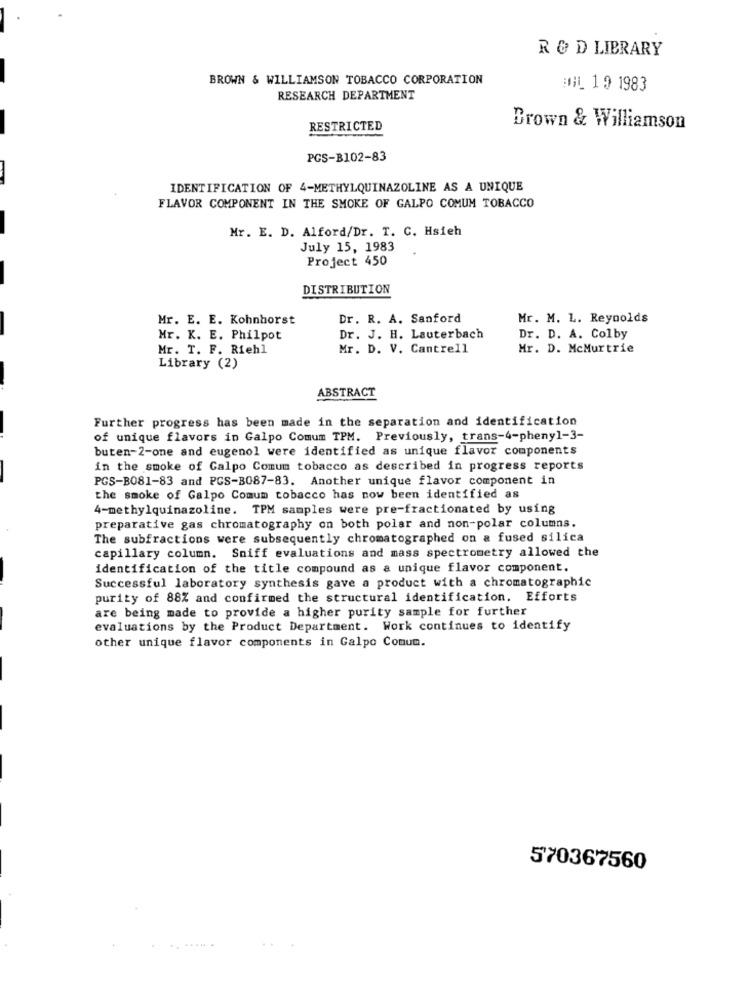
R & D LIBRARY
BROWN & WILLIAMSON TOBACCO CORPORATION
:NL 19 1983
RESEARCH DEPARTMENT
RESTRICTED
Brown & Williamson
PGS-B102-83
IDENTIFICATION OF 4-METHYLQUINAZOLINE AS A UNIQUE
FLAVOR COMPONENT IN THE SMOKE OF GALPO COMUM TOBACCO
Mr. E. D. Alford/Dr. T. C. Hsieh
July 15, 1983
Project 450
DISTRIBUTION
Mr. E. E. Kohnhorst
Dr. R. A. Sanford
Mr. M. L. Reynolds
Mr. K. E. Philpot
Dr. J. H. Lauterbach
Dr. D. A. Colby
Mr. T. F. Riehl
Mr. D. V. Cantrell
Mr. D. McMurtrie
Library (2)
ABSTRACT
Further progress has been made in the separation and identification
of unique flavors in Galpo Comum TPM. Previously, trans-4-phenyl-3-
buten-2-one and eugenol were identified as unique flavor components
in the smoke of Calpo Comum tobacco as described in progress reports
PGS-B081-83 and PCS-B087-83. Another unique flavor component in
the smoke of Galpo Comum tobacco has now been identified as
4-methylquinazoline. TPM samples were pre-fractionated by using
preparative gas chromatography on both polar and non-polar columns.
The subfractions were subsequently chromatographed on & fused silica
capillary column. Sniff evaluations and mass spectrometry allowed the
identification of the title compound as a unique flavor component.
Successful laboratory synthesis gave a product with a chromatographic
purity of 88% and confirmed the structural identification. Efforts
are being made to provide a higher purity sample for further
evaluations by the Product Department. Work continues to identify
other unique flavor components in Calpo Comum.
570367560
.. .... .